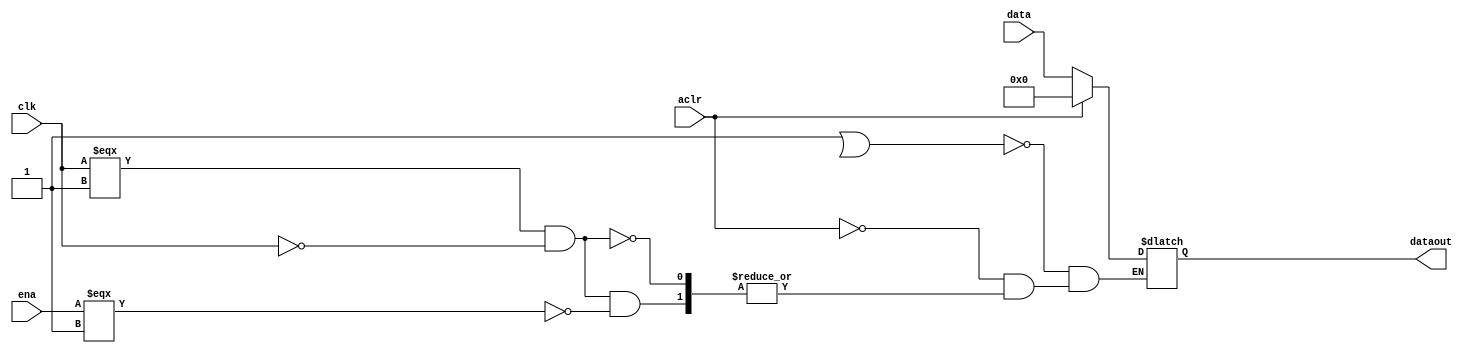
module cycloneiiils_mac_data_reg (clk,
                               data,
                               ena,
                               aclr,
                               dataout
                              );
    parameter data_width = 18;
    // INPUT PORTS
    input clk;
    input [17 : 0] data;
    input ena;
    input aclr;
    // OUTPUT PORTS
    output [17:0] dataout;
    // INTERNAL VARIABLES AND NETS
    reg clk_last_value;
    reg [17:0] dataout_tmp;
    wire [17:0] dataout_wire;
    // INTERNAL VARIABLES
    wire [17:0] data_ipd;
    wire enable;
    wire no_clr;
    reg d_viol;
    reg ena_viol;
    wire clk_ipd;
    wire ena_ipd;
    wire aclr_ipd;
    // BUFFER INPUTS
    buf (clk_ipd, clk);
    buf (ena_ipd, ena);
    buf (aclr_ipd, aclr);
    buf (data_ipd[0], data[0]);
    buf (data_ipd[1], data[1]);
    buf (data_ipd[2], data[2]);
    buf (data_ipd[3], data[3]);
    buf (data_ipd[4], data[4]);
    buf (data_ipd[5], data[5]);
    buf (data_ipd[6], data[6]);
    buf (data_ipd[7], data[7]);
    buf (data_ipd[8], data[8]);
    buf (data_ipd[9], data[9]);
    buf (data_ipd[10], data[10]);
    buf (data_ipd[11], data[11]);
    buf (data_ipd[12], data[12]);
    buf (data_ipd[13], data[13]);
    buf (data_ipd[14], data[14]);
    buf (data_ipd[15], data[15]);
    buf (data_ipd[16], data[16]);
    buf (data_ipd[17], data[17]);
    assign enable = (!aclr_ipd) && (ena_ipd);
    assign no_clr = (!aclr_ipd);
    // TIMING PATHS
    specify
        $setuphold (posedge clk &&& enable, data, 0, 0, d_viol);
        $setuphold (posedge clk &&& no_clr, ena, 0, 0, ena_viol);
        (posedge clk => (dataout +: dataout_tmp)) = (0, 0);
        (posedge aclr => (dataout +: 1'b0)) = (0, 0);
    endspecify
    initial
    begin
        clk_last_value <= 'b0;
        dataout_tmp <= 18'b0;
    end
    always @(clk_ipd or aclr_ipd)
    begin
        if (d_viol == 1'b1 || ena_viol == 1'b1)
        begin
            dataout_tmp <= 'bX;
        end
        else if (aclr_ipd == 1'b1)
        begin
            dataout_tmp <= 'b0;
        end
        else
        begin
            if ((clk_ipd === 1'b1) && (clk_last_value == 1'b0))
                if (ena_ipd === 1'b1)
                    dataout_tmp <= data_ipd;
        end
        clk_last_value <= clk_ipd;
    end // always
    assign dataout_wire = dataout_tmp;
    and (dataout[0], dataout_wire[0], 1'b1);
    and (dataout[1], dataout_wire[1], 1'b1);
    and (dataout[2], dataout_wire[2], 1'b1);
    and (dataout[3], dataout_wire[3], 1'b1);
    and (dataout[4], dataout_wire[4], 1'b1);
    and (dataout[5], dataout_wire[5], 1'b1);
    and (dataout[6], dataout_wire[6], 1'b1);
    and (dataout[7], dataout_wire[7], 1'b1);
    and (dataout[8], dataout_wire[8], 1'b1);
    and (dataout[9], dataout_wire[9], 1'b1);
    and (dataout[10], dataout_wire[10], 1'b1);
    and (dataout[11], dataout_wire[11], 1'b1);
    and (dataout[12], dataout_wire[12], 1'b1);
    and (dataout[13], dataout_wire[13], 1'b1);
    and (dataout[14], dataout_wire[14], 1'b1);
    and (dataout[15], dataout_wire[15], 1'b1);
    and (dataout[16], dataout_wire[16], 1'b1);
    and (dataout[17], dataout_wire[17], 1'b1);
endmodule